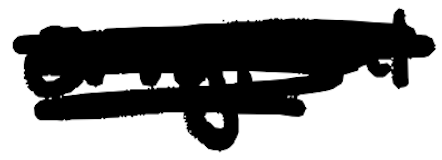
Text: original
Cross-out: scratch
Writing tool: digital_black